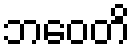
ဘဝေတိ